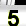
Digit: 5